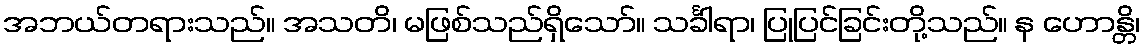
အဘယ်တရားသည်။ အသတိ၊ မဖြစ်သည်ရှိသော်။ သင်္ခါရာ၊ ပြုပြင်ခြင်းတို့သည်။ န ဟောန္တိ၊